Source: Handwritten
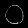
Digit: ၀ (0)